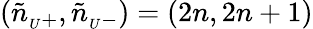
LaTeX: (\tilde{n}_{{}_{U}+},\tilde{n}_{{}_{U}-})=(2n,2n+1)